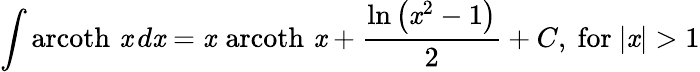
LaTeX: \int\operatorname{arcoth}\, \mathit{x}\, d\mathit{x}=\mathit{x}\, \operatorname{arcoth}\, \mathit{x}+{\frac{{\ln\left(\mathit{x}^{2}-1\right)}}{{2}}}+C,{\mathrm{{~for~}}}\vert\mathit{x}\vert>1